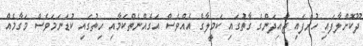
ދޫކޮށްލާފައި ހުރެފައި ޖައިދަންގެ ގާތުގައި ކަމީލާގެ އެއްވެސް އަގެއްނެތްކަމާއި ހިތުގައި ކުޑަނަމަވެސް މަގާމެއް